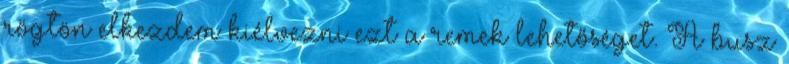
rögtön elkezdem kiélvezni ezt a remek lehetőséget. A busz